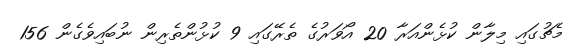
މެޗުގައި މިލާން ކުޅެންއަރާ 20 އޯވަރުގެ ތެރޭގައި 9 ކުޅުންތެރިން ނުބައިވެގެން 156